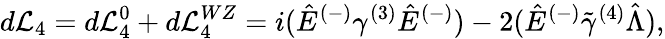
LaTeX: d{\cal L}_{4}=d{\cal L}_{4}^{0}+d{\cal L}_{4}^{WZ}=i(\hat{E}^{(-)}\gamma^{(3)}\hat{E}^{(-)})-2(\hat{E}^{(-)}\tilde{\gamma}^{(4)}\hat{\Lambda}),